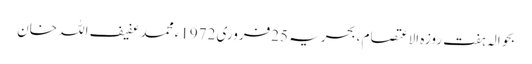
بحوالہ ہفت روزہ الاعتصام ، بحریہ 25فروری 1972ء محمد عفیف اللہ خان